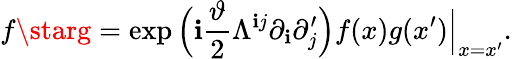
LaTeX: f\starg=\exp\Big(\mathbf{i}\frac{{\vartheta}}{{2}}\Lambda^{\mathbf{i}j}\partial_{\mathbf{i}}\partial_{j}^{\prime}\Big)f(x)g(x^{\prime})\Big\vert_{x=x^{\prime}}.